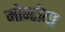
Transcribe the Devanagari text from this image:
मोन्टोया